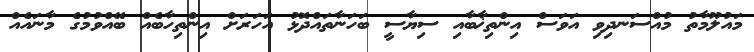
މައުލޫމާތު މުއްސަނދިވި އަވަސް އިންތިޚާބާއި ސިޔާސީ ބަހަނާތައްދޮޅު އަހަރަށް އިންތިހާބެއް ބޭއްވުމުގެ މާނައެއް